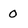
Character: 0